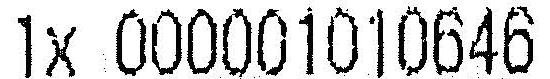
1X 000001010646